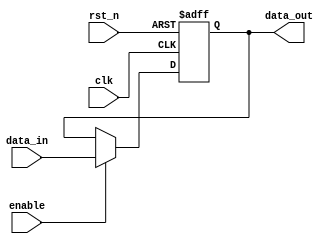
module output_register #(
    parameter WIDTH = 8  // Parameter for bit width of the register
)(
    input wire clk,          // Clock input
    input wire rst_n,       // Asynchronous reset (active low)
    input wire enable,       // Enable signal
    input wire [WIDTH-1:0] data_in, // Data input
    output reg [WIDTH-1:0] data_out // Output register
);

// Asynchronous reset and synchronous update
always @(posedge clk or negedge rst_n) begin
    if (!rst_n) begin
        data_out <= {WIDTH{1'b0}}; // Clear register to zero
    end else if (enable) begin
        data_out <= data_in; // Update register with data input
    end
end

endmodule